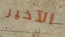
الآخير